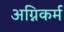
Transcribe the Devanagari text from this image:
अग्निकर्म